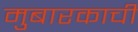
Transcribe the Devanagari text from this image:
मुबारकाची